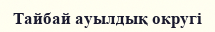
Тайбай ауылдық округі